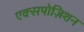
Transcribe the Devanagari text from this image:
एक्सपोज़िशन